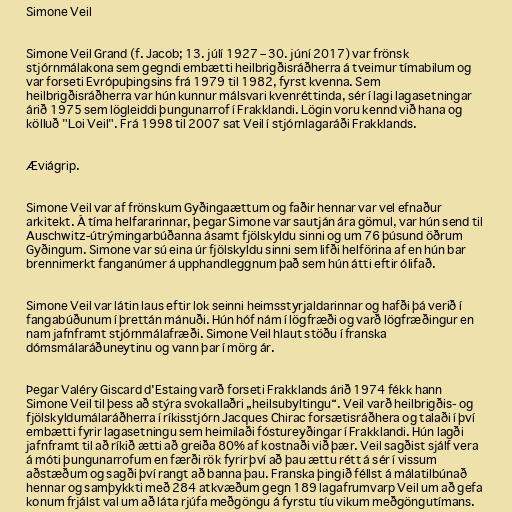
Simone Veil

Simone Veil Grand (f. Jacob; 13. júlí 1927 – 30. júní 2017) var frönsk
stjórnmálakona sem gegndi embætti heilbrigðisráðherra á tveimur tímabilum og
var forseti Evrópuþingsins frá 1979 til 1982, fyrst kvenna. Sem
heilbrigðisráðherra var hún kunnur málsvari kvenréttinda, sér í lagi lagasetningar
árið 1975 sem lögleiddi þungunarrof í Frakklandi. Lögin voru kennd við hana og
kölluð "Loi Veil". Frá 1998 til 2007 sat Veil í stjórnlagaráði Frakklands.

Æviágrip.

Simone Veil var af frönskum Gyðingaættum og faðir hennar var vel efnaður
arkitekt. Á tíma helfararinnar, þegar Simone var sautján ára gömul, var hún send til
Auschwitz-útrýmingarbúðanna ásamt fjölskyldu sinni og um 76 þúsund öðrum
Gyðingum. Simone var sú eina úr fjölskyldu sinni sem lifði helförina af en hún bar
brennimerkt fanganúmer á upphandleggnum það sem hún átti eftir ólifað.

Simone Veil var látin laus eftir lok seinni heimsstyrjaldarinnar og hafði þá verið í
fangabúðunum í þrettán mánuði. Hún hóf nám í lögfræði og varð lögfræðingur en
nam jafnframt stjórnmálafræði. Simone Veil hlaut stöðu í franska
dómsmálaráðuneytinu og vann þar í mörg ár.

Þegar Valéry Giscard d'Estaing varð forseti Frakklands árið 1974 fékk hann
Simone Veil til þess að stýra svokallaðri „heilsubyltingu“. Veil varð heilbrigðis- og
fjölskyldumálaráðherra í ríkisstjórn Jacques Chirac forsætisráðhera og talaði í því
embætti fyrir lagasetningu sem heimilaði fóstureyðingar í Frakklandi. Hún lagði
jafnframt til að ríkið ætti að greiða 80% af kostnaði við þær. Veil sagðist sjálf vera
á móti þungunarrofum en færði rök fyrir því að þau ættu rétt á sér í vissum
aðstæðum og sagði því rangt að banna þau. Franska þingið féllst á málatilbúnað
hennar og samþykkti með 284 atkvæðum gegn 189 lagafrumvarp Veil um að gefa
konum frjálst val um að láta rjúfa meðgöngu á fyrstu tíu vikum meðgöngutímans.